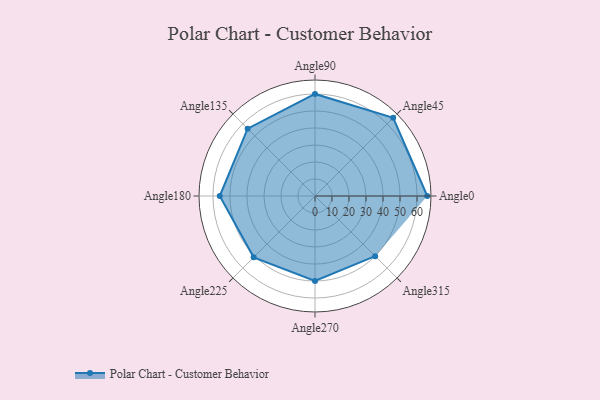
{"axis": {"x": "Angle", "y": "Radius"}, "legend": [""], "data": [{"x": "Angle0", "y": 66.0, "type": ""}, {"x": "Angle45", "y": 65.0, "type": ""}, {"x": "Angle90", "y": 60.0, "type": ""}, {"x": "Angle135", "y": 56.0, "type": ""}, {"x": "Angle180", "y": 56.0, "type": ""}, {"x": "Angle225", "y": 51.0, "type": ""}, {"x": "Angle270", "y": 50, "type": ""}, {"x": "Angle315", "y": 50, "type": ""}]}